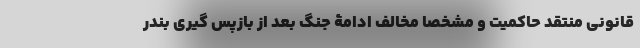
قانونی منتقد حاکمیت و مشخصا مخالف ادامۀ جنگ بعد از بازپس گیری بندر